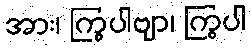
အား၊ ကြွပါဗျာ၊ ကြွပါ